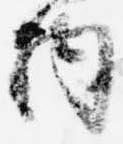
内